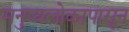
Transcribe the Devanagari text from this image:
मनुष्यलोकापासून